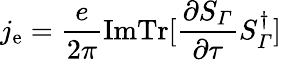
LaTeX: j_{\mathrm{e}}=\frac{e}{2\pi}\mathrm{ImTr}[\frac{\partial S_{\varGamma}}{\partial\tau}S_{\varGamma}^{\dagger}]